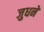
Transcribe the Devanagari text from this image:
जुधने